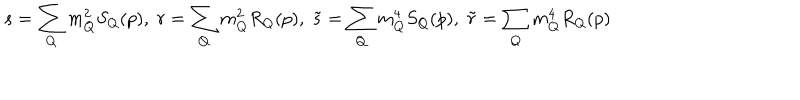
s = \sum _ { Q } m _ { Q } ^ { 2 } S _ { Q } ( p ) , \; r = \sum _ { Q } m _ { Q } ^ { 2 } R _ { Q } ( p ) , \; \tilde { s } = \sum _ { Q } m _ { Q } ^ { 4 } S _ { Q } ( p ) , \; \tilde { r } = \sum _ { Q } m _ { Q } ^ { 4 } R _ { Q } ( p )